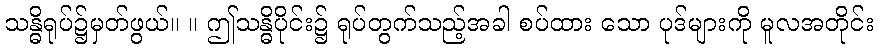
သန္ဓိရုပ်၌မှတ်ဖွယ်။ ။ ဤသန္ဓိပိုင်း၌ ရုပ်တွက်သည့်အခါ စပ်ထား သော ပုဒ်များကို မူလအတိုင်း